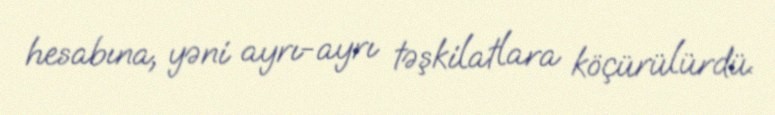
hesabına, yəni ayrı-ayrı təşkilatlara köçürülürdü.